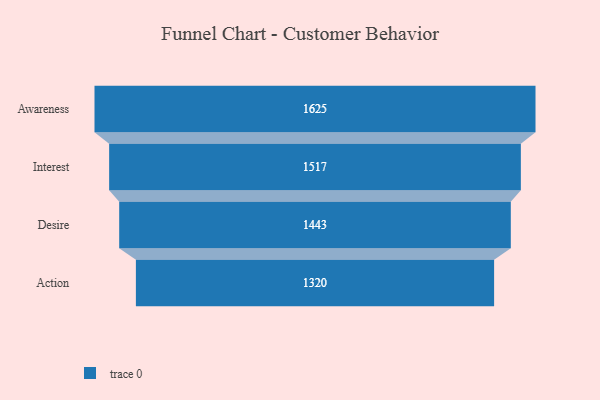
{"axis": {"x": "Stage", "y": "Value"}, "legend": [""], "data": [{"x": "Awareness", "y": 1625.0, "type": ""}, {"x": "Interest", "y": 1517.0, "type": ""}, {"x": "Desire", "y": 1443.0, "type": ""}, {"x": "Action", "y": 1320.0, "type": ""}]}